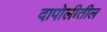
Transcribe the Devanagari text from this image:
दापोलीतील